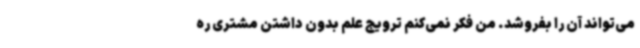
می‌تواند آن را بفروشد. من فکر نمی‌کنم ترویج علم بدون داشتن مشتری ره